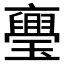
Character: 𭺏